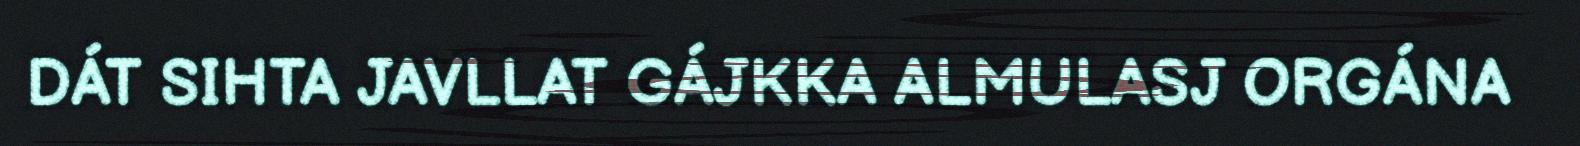
DÁT SIHTA JAVLLAT GÁJKKA ALMULASJ ORGÁNA